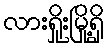
လားရှိုးမြို့ရှိ